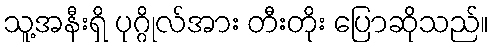
သူ့အနီးရှိ ပုဂ္ဂိုလ်အား တီးတိုး ပြောဆိုသည်။